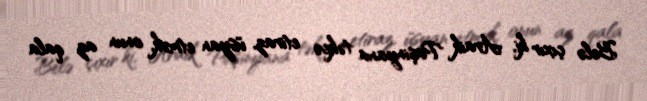
Belə çıxır ki, Araik Paşinyana təkcə etiraz, üsyan etmək, onun az qala